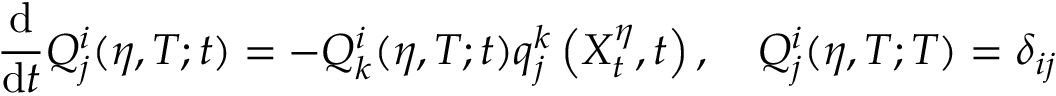
\frac { \mathrm { d } } { \mathrm { d } t } Q _ { j } ^ { i } ( \eta , T ; t ) = - Q _ { k } ^ { i } ( \eta , T ; t ) q _ { j } ^ { k } \left( X _ { t } ^ { \eta } , t \right) , \quad Q _ { j } ^ { i } ( \eta , T ; T ) = \delta _ { i j }